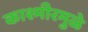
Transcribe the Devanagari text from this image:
काश्मीरमुळे